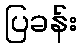
ပြခန်း